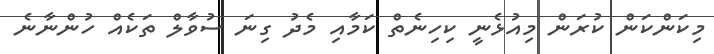
މިކަންކަން ކުރަން މިއުޅެނީ ކިހިނެތް ކަމާއި މެދު ގިނަ ސުވާލް ތަކެއް ހުންނާނެ